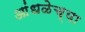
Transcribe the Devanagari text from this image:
आंधळेच्या